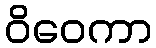
ဝိဝေကာ